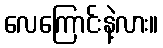
လေကြောင်းနဲ့လား။